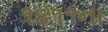
૧૪૧૧ના